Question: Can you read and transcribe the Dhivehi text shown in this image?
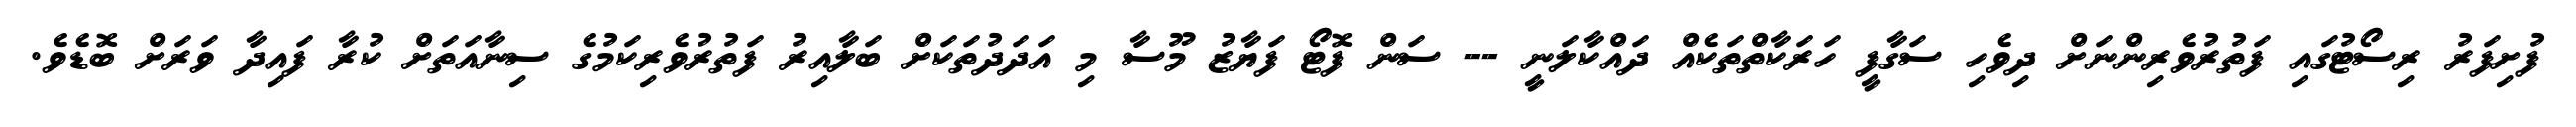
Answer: ފުށިފަރު ރިސޯޓުގައި ފަތުރުވެރިންނަށް ދިވެހި ސަގާފީ ހަރަކާތްތަކެއް ދައްކާލަނީ -- ސަން ފޮޓޯ ފަޔާޒު މޫސާ މި އަދަދުތަކަށް ބަލާއިރު ފަތުރުވެރިކަމުގެ ސިނާއަތަށް ކުރާ ފައިދާ ވަރަށް ބޮޑެވެ.